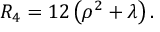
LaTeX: R _ { 4 } = 1 2 \left( \rho ^ { 2 } + \lambda \right) .